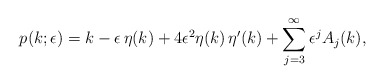
\begin{align*}p(k;\epsilon)= k-\epsilon\, \eta(k)+4 \epsilon^2\eta(k)\,\eta'(k)+\sum_{j=3}^\infty \epsilon^j A_j(k),\end{align*}